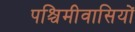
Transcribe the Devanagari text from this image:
पश्चिमीवासियों